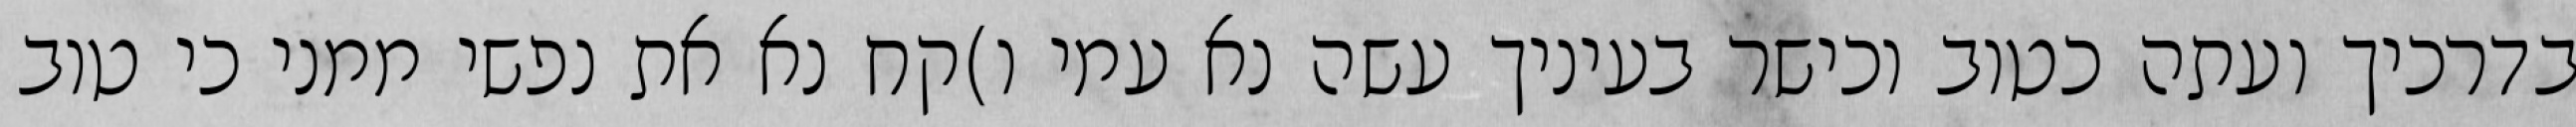
בדרכיך ועתה כטוב וכישר בעיניך עשה נא עמי ו)קח נא את נפשי ממני כי טוב